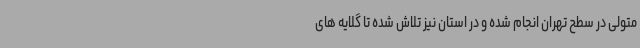
متولی در سطح تهران انجام شده و در استان نیز تلاش شده تا گلایه های